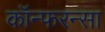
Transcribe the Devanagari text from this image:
कॉन्फरन्सा